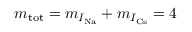
m _ { \mathrm { t o t } } = m _ { I _ { \mathrm { N a } } } + m _ { I _ { \mathrm { C s } } } = 4